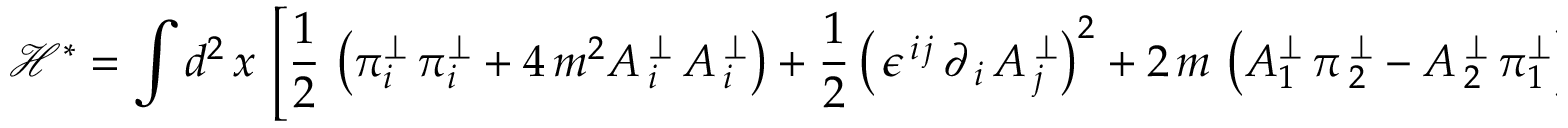
\mathcal { H } ^ { \ast } = \int d ^ { 2 } \, x \, \left[ \frac { 1 } { 2 } \, \left( \pi _ { i } ^ { \perp } \, \pi _ { i } ^ { \perp } + 4 \, m ^ { 2 } A \, _ { i } ^ { \perp } \, A \, _ { i } ^ { \perp } \right) + \frac { 1 } { 2 } \left( \, \epsilon ^ { \, i \, j } \, \partial _ { \, i } \, A \, _ { j } ^ { \perp } \right) ^ { 2 } + 2 \, m \, \left( A _ { 1 } ^ { \perp } \, \pi \, _ { 2 } ^ { \perp } - A \, _ { 2 } ^ { \perp } \, \pi _ { 1 } ^ { \perp } \right) \right] .